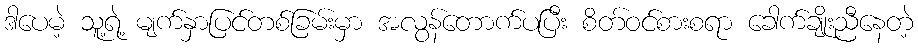
ဒါပေမဲ့ သူ့ရဲ့ မျက်နှာပြင်တစ်ခြမ်းမှာ အလွန်တောက်ပပြီး စိတ်ဝင်စားစရာ ခေါက်ချိုးညီနေတဲ့